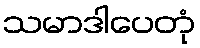
သမာဒါပေတုံ